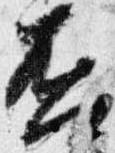
否